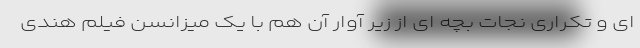
ای و تکراری نجات بچه ای از زیر آوار آن هم با یک میزانسن فیلم هندی